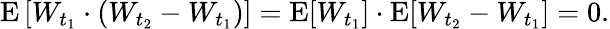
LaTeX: \operatorname{E}\left[W_{t_{1}}\cdot(W_{t_{2}}-W_{t_{1}})\right]=\operatorname{E}[W_{t_{1}}]\cdot\operatorname{E}[W_{t_{2}}-W_{t_{1}}]=0.